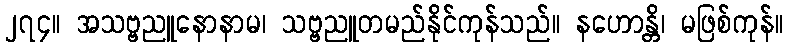
၂၇၄။ အသဗ္ဗညူနောနာမ၊ သဗ္ဗညူတမည်နိုင်ကုန်သည်။ နဟောန္တိ၊ မဖြစ်ကုန်။